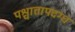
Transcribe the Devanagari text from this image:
पश्चात्तापदग्ध